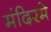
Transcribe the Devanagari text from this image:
मंदिरमे